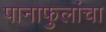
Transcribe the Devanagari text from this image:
पानाफुलांचा